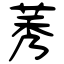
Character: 莠